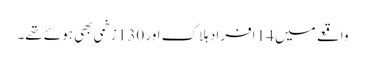
واقعے میں 14 افراد ہلاک اور 130 زخمی بھی ہوئے تھے۔